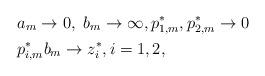
LaTeX: \begin{align*}&a_m\to0,\ b_m\to\infty,p^*_{1,m},p_{2,m}^*\to0\ \\ &p^*_{i,m}b_m\to z_i^*, i=1,2,\end{align*}